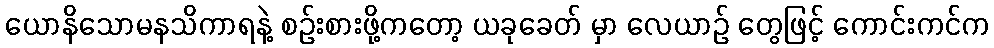
ယောနိသောမနသိကာရနဲ့ စဉ်းစားဖို့ကတော့ ယခုခေတ် မှာ လေယာဉ် တွေဖြင့် ကောင်းကင်က